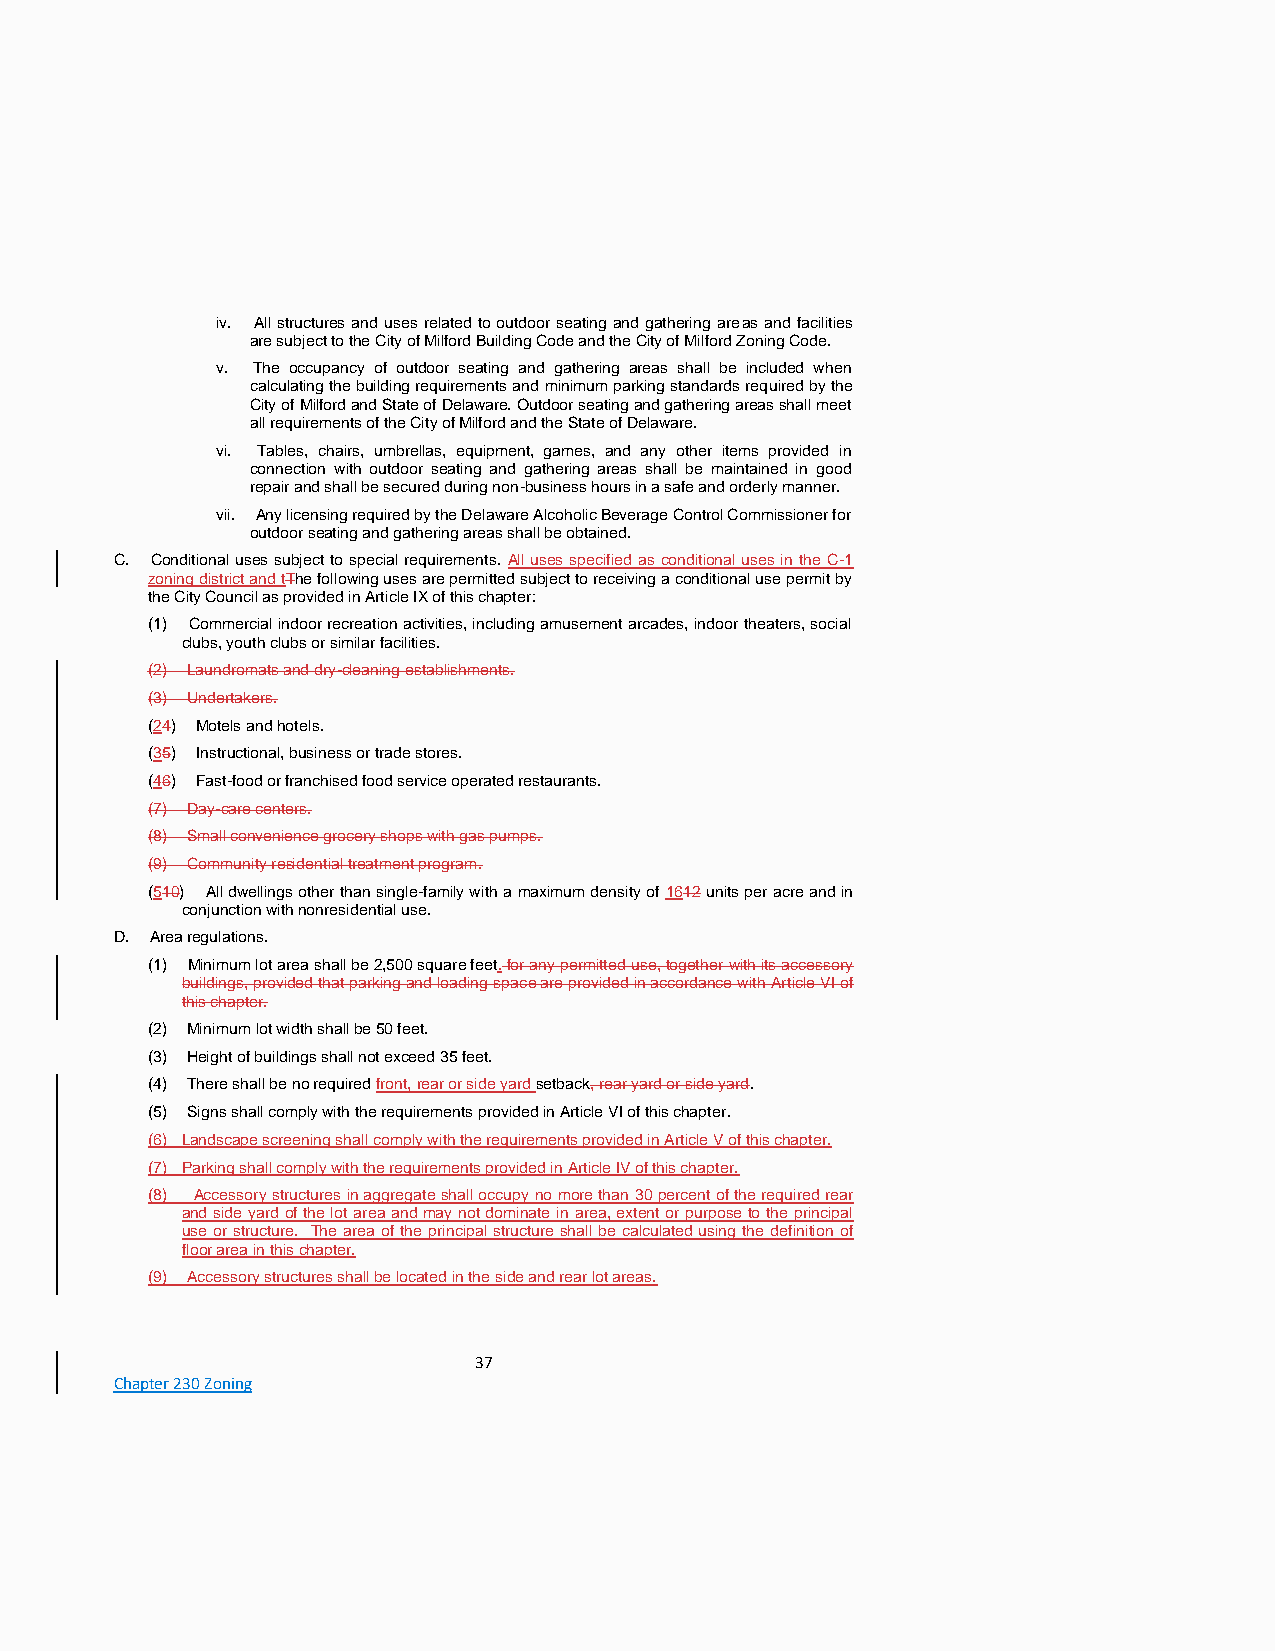
iv. All structures and uses related to outdoor seating and gathering areas and facilities
 are subject to the City of Milford Building Code and the City of Milford Zoning Code.
 v. The occupancy of outdoor seating and gathering areas shall be included when
 calculating the building requirements and minimum parking standards required by the
 City of Milford and State of Delaware. Outdoor seating and gathering areas shall meet
 all requirements of the City of Milford and the State of Delaware.
 vi. Tables, chairs, umbrellas, equipment, games, and any other items provided in
 connection with outdoor seating and gathering areas shall be maintained in good
 repair and shall be secured during non-business hours in a safe and orderly manner.
 vii. Any licensing required by the Delaware Alcoholic Beverage Control Commissioner for
 outdoor seating and gathering areas shall be obtained.
 C. Conditional uses subject to special requirements. All uses specified as conditional uses in the C-1
 zoning district and tThe following uses are permitted subject to receiving a conditional use permit by
 the City Council as provided in Article IX of this chapter:
 (1) Commercial indoor recreation activities, including amusement arcades, indoor theaters, social
 clubs, youth clubs or similar facilities.
 (2) Laundromats and dry-cleaning establishments.
 (3) Undertakers.
 (24) Motels and hotels.
 (35) Instructional, business or trade stores.
 (46) Fast-food or franchised food service operated restaurants.
 (7) Day-care centers.
 (8) Small convenience grocery shops with gas pumps.
 (9) Community residential treatment program.
 (510) All dwellings other than single-family with a maximum density of 1612 units per acre and in
 conjunction with nonresidential use.
 D. Area regulations.
 (1) Minimum lot area shall be 2,500 square feet. for any permitted use, together with its accessory
 buildings, provided that parking and loading space are provided in accordance with Article VI of
 this chapter.
 (2) Minimum lot width shall be 50 feet.
 (3) Height of buildings shall not exceed 35 feet.
 (4) There shall be no required front, rear or side yard setback, rear yard or side yard.
 (5) Signs shall comply with the requirements provided in Article VI of this chapter.
 (6) Landscape screening shall comply with the requirements provided in Article V of this chapter.
 (7) Parking shall comply with the requirements provided in Article IV of this chapter.
 (8) Accessory structures in aggregate shall occupy no more than 30 percent of the required rear
 and side yard of the lot area and may not dominate in area, extent or purpose to the principal
 use or structure. The area of the principal structure shall be calculated using the definition of
 floor area in this chapter.
 (9) Accessory structures shall be located in the side and rear lot areas.
 37
 Chapter 230 Zoning